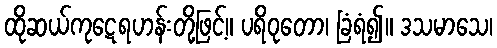
ထိုဆယ်ကုဋေရဟန်းတို့ဖြင့်။ ပရိဝုတော၊ ခြံရံ၍။ ဒသမာသေ၊